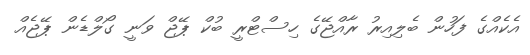
އެކެއްގެ ފަހުން ބެލިއިރު ރާއްޖޭގެ ހިސްޓްރީ ބުކް ޕޭޖް ވަނީ ގޯލްޑެން ޕޭޖެއް